Annual report on the health of the army in India
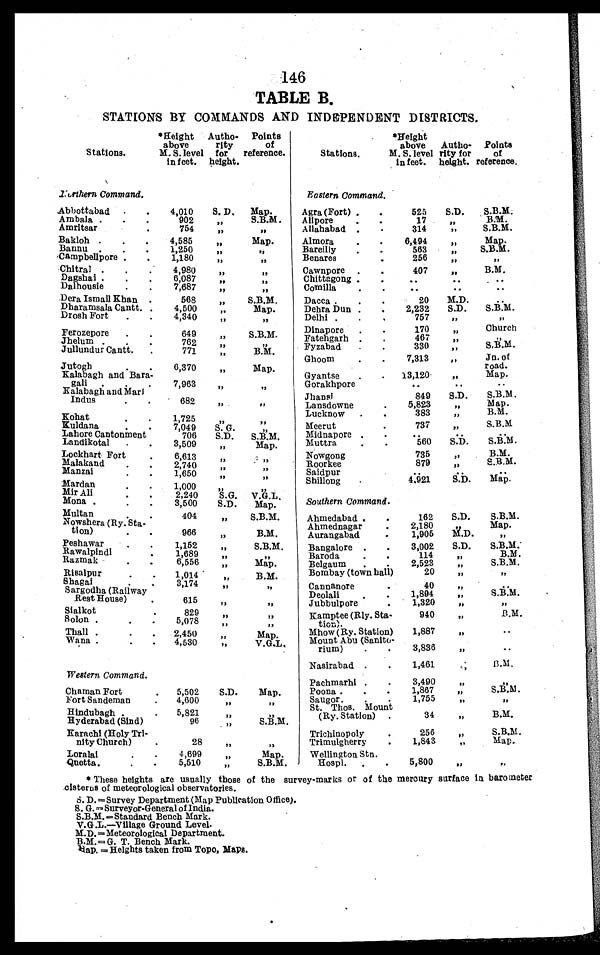
146
TABLE B.
STATIONS BY COMMANDS AND INDEPENDENT DISTRICTS.
Stations.
*Height
above
M. S. level
in feet.
Autho
-rity
for
height.
Points
of
reference.
Northern Command.
Abbottabad . . .
4,010
S. D.
Map.
Ambala . . .
902
"
S.B.M.
Amritsar . . .
754
"
"
Bakloh . . .
4,585
"
Map.
Bannu . . .
1,250
"
"
Campbellpore . . .
1,180
"
"
Chitral . . .
4,980
"
"
Dagshai . . .
6,087
"
"
Dalhousie . . .
7,687
"
"
Dera Ismail Khan . . .
568
"
S.B.M.
Dharamsala Cantt . . .
4,500
" Map.
Drosh Fort . . .
4,340
"
"
Ferozepore . . .
649
" S.B.M.
Jhelum . . .
762
" "
Jullundur Cantt . . .
771
" B.M..
Jutogh . . .
6,370
" Map.
Kalabagh and Bara
-gali . . .
7,963
"
"
Kalabagh and Mari
Indus . . .
682
"
"
Kohat . . .
1,725 "
"
Kuldana . . .
7,049
S.G.
"
Lahore Cantonment . . .
706
S.D.
S.B.M.
Landikotal . . .
3,509
"
Map.
Lockhart Fort . . .
6,613
"
"
Malakand . . .
2,740 "
"
Manzai . . .
1,650
"
"
Mardan . . .
1,000 "
"
Mir Ali . . .
2,240
S . G . V.G.L.
Mona . . .
3,500
S.D.
Map.
M u l t a n . . .
404
" S.B.M.
Nowshera (Ry. Sta
-tion) . . .
966
"
B.M.
Peshawar . . .
1,152
" S.B.M.
Rawalpindi . . .
1,689
"
"
Razmak . . .
6,556
"
Map.
Risalpur . . .
1,014
"
B.M.
Shagai . . .
3,174
" "
Sargodha (Railway
Rest House) . . .
615
"
"
Sialko . . .
829 "
"
Solon . . .
5,078
"
"
Thall . . .
2,450
"
Map.
Wana . . .
4,530
"
V.G.L.
Western. Command.
Chaman Fort . . .
5,502
S.D.
Map.
Fort Sandeman . . .
4,600
"
"
Hindubagh . . .
5,821
"
"
Hyderabad (Sind) . . .
96
"
S.B.M.
Karachi (Holy Tri
-nity Church) . . .
28
"
"
Loralal . . .
4,699
"
Map.
Quetta. . .
5,510
"
S.B.M.
Eastern Command.
Agra (Fort). . .
525
S.D.
S.B.M.
B.M.
A lipore . . .
17
"
S.B.M.
Allahabad . . .
314
"
Almora . . .
6,494
"
Map.
S.B.M.
Bareilly . . .
563
"
Benares . . .
256
"
"
Cawnpore . . .
407
" B.M.
Chittagong . . .
. . .
. . .
. . .
Comilla . . .
. . .
. . .
. . .
Dacca . . .
20
M.D.
. . .
S.B.M.
Dehra Dun . . .
2,232
S.D.
Delhi . . .
757
"
"
Dinapore . . .
170
" Church
Fatehgarh . . .
467
"
"
S.B.M.
Fyzabad . . .
330
"
Ghoom . . .
7,313
"
Jn. of
road.
Gyantse . . .
13,120
"
Map.
Gorakhpore . . .
. . .
. . .
. . .
Jhansi . . .
849
S.D.
S.B.M.
Map.
Lansdowne . . .
5,823
"
B.M.
Lucknow . . .
383
"
Meerut . . .
737
"
S.B.M
Midnap ore . . .
. . .
. . .
. . .
560
S.D.
S . B . M .
Muttra . . .
Nowgong . . .
735
"
B.M.
879
"
S.B.M.
Roorkee . . .
Saidpur . . .
. . .. . .
. . .
4,921
S.D.
Map.
Shillong . . .
Southern Command.
Ahmedabad . . .
162
S.D.
S.B.M.
"
Map.
2,180
Ahmednagar . . .
M. D.
"
Aurangabad . . .
1,905
Bangalore . . .
3,002
S.D.
S.B.M.
B.M.
Baroda . . .
1 1 4
"
2,523
"
S.B.M.
Belgaum . . .
Bombay (town hall) . . .
20
"
"
Cannanore . . .
40
"
. . .
1,894
"
S.B.M.
Deolali . . .
Jubbulpore . . .
1,320
"
"
Kamptee (Rly. Sta
-tion) . . .
940
"
B.M.
Mhow (Ry. Station) . . .
1,887
"
. . .
Mount Abu (Sanito
-rium) . . .
3,836
"
. . .
Nasirabad . . .
1,461
"
B.M.
Pachmarhi . . .
3,490
"
"
1,867
"
S.B.M.
Poona . . .
1,755
"
"
Saugor . . .
S t . T h o s . M o u n t
(Ry. Station) . . .
34
"
B.M.
Trichinopoly . . .
256
"
S.B.M.
1,843
"
Map.
Trimulgherry . . .
Wellington Stn.
Hospl . . .
5,800
"
"
* These heights are usually those of the survey-marks or of the mercury surface in barometer
cisterns of meteorological observatories.
S.D.=Survey Department (Map Publication Office).
S.G. =Surveyor-General of India.
S.B.M.=Standard Bench Mark.
V.G.L.—Village Ground Level.
M.D. =Meteorological Department.
B.M.=G. T. Bench Mark.
Hap. =Heights taken from Topo, Maps.